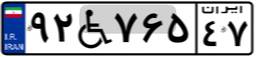
۳۰W۰۶۹۹۲